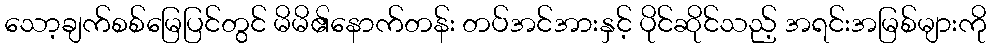
သော့ချက်စစ်မြေပြင်တွင် မိမိ၏နောက်တန်း တပ်အင်အားနှင့် ပိုင်ဆိုင်သည့် အရင်းအမြစ်များကို